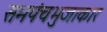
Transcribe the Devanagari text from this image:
समपंचभुजाकार